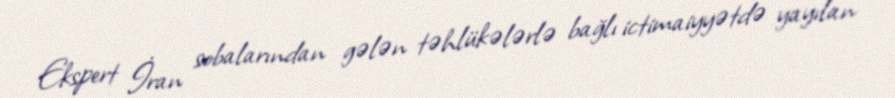
Ekspert İran sobalarından gələn təhlükələrlə bağlı ictimaiyyətdə yayılan